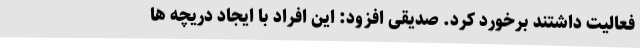
فعالیت داشتند برخورد کرد. صدیقی افزود: این افراد با ایجاد دریچه ها